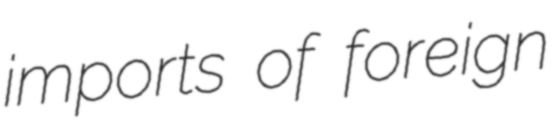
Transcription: imports of foreign